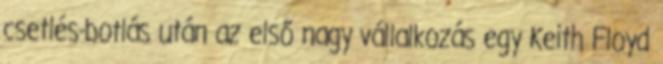
csetlés-botlás után az első nagy vállalkozás egy Keith Floyd